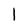
Character: l